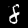
Label: 8